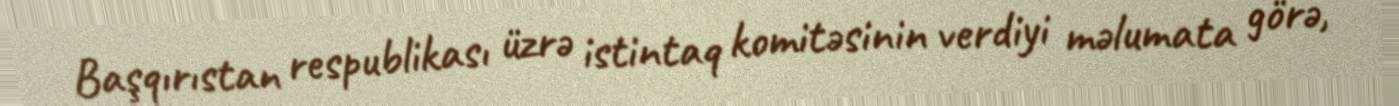
Başqırıstan respublikası üzrə istintaq komitəsinin verdiyi məlumata görə,